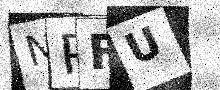
Text: NPFU